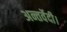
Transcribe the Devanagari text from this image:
अन्तर्वेदी।